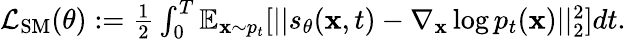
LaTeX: \begin{array}{r}{\mathcal{L}_{\mathrm{SM}}(\theta):=\frac{1}{2}\int_{0}^{T}\mathbb{E}_{\mathbf{x}\sim p_{t}}[||s_{\theta}(\mathbf{x},t)-\nabla_{\mathbf{x}}\log p_{t}(\mathbf{x})||_{2}^{2}]dt.}\end{array}